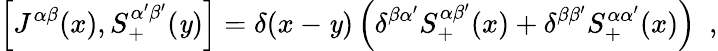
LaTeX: \left[J^{\alpha\beta}(x),S_{+}^{\alpha^{\prime}\beta^{\prime}}(\mathit{y})\right]=\delta(x-\mathit{y})\left(\delta^{\beta\alpha^{\prime}}S_{+}^{\alpha\beta^{\prime}}(x)+\delta^{\beta\beta^{\prime}}S_{+}^{\alpha\alpha^{\prime}}(x)\right)~~,